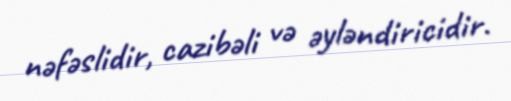
nəfəslidir, cazibəli və əyləndiricidir.